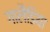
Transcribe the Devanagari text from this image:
गालैंडिया